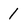
Character: 1